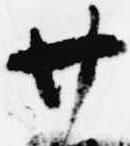
廿